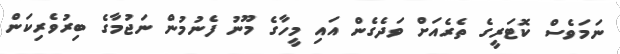
ނަމަވެސް ކޮޓަރީގެ ތެރެއަށް ވަދެގެން އައި މީހާގެ މޫނު ފެނުމުން ނަޖުމާގެ ބިރުވެރިކަން